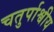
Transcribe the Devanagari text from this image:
चतुर्पाश्वीय